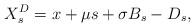
LaTeX: \begin{align*}X^D_s=x+ \mu s + \sigma B_s -D_s,\end{align*}